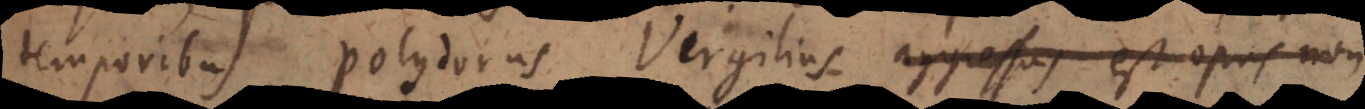
temporibus Polydorus Virgilius aggressus est opus non